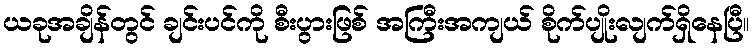
ယခုအချိန်တွင် ချင်းပင်ကို စီးပွားဖြစ် အကြီးအကျယ် စိုက်ပျိုးလျက်ရှိနေပြီ။